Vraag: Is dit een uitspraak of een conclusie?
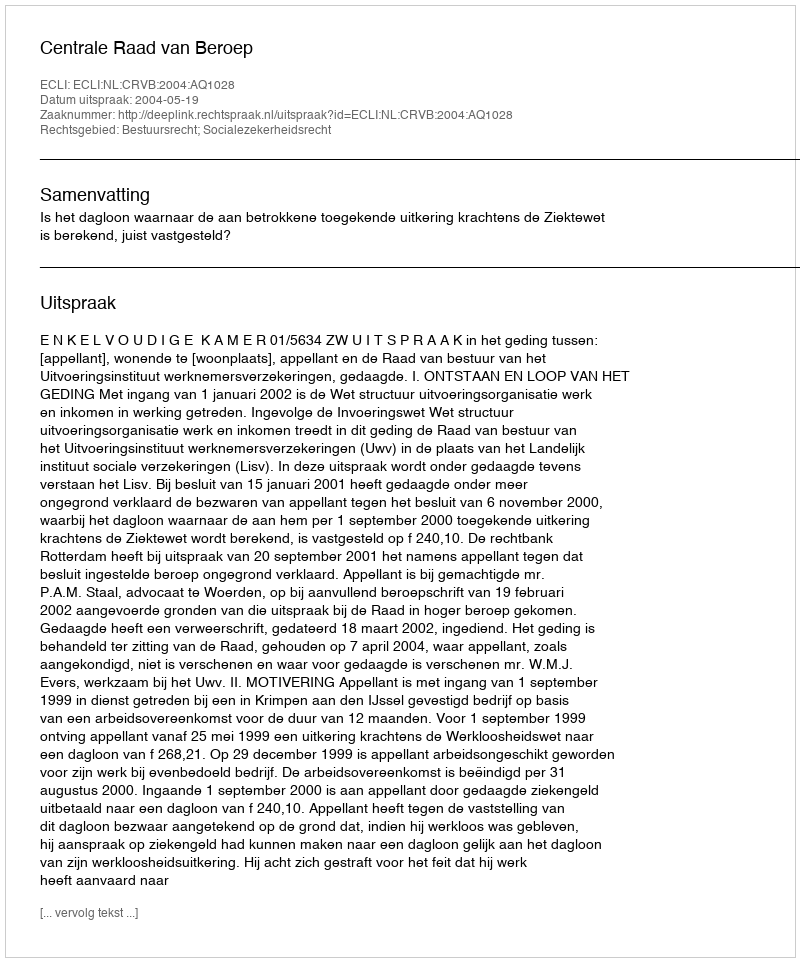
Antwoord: Uitspraak